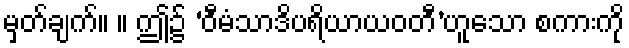
မှတ်ချက်။ ။ ဤ၌ ‘ဝီမံသာဒိပရိယာယဝတီ’ဟူသော စကားကို